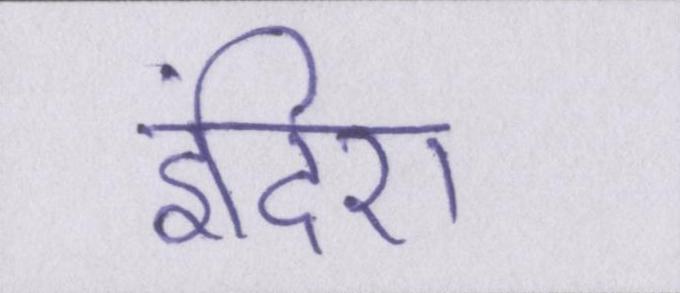
इंदिरा